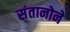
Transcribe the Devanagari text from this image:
संतानोने